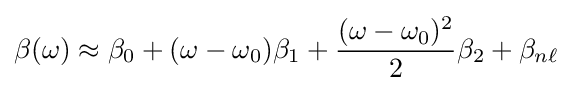
\beta (\omega )\approx \beta _{0}+(\omega -\omega _{0})\beta _{1}+{\frac {(\omega -\omega _{0})^{2}}{2}}\beta _{2}+\beta _{n\ell }